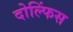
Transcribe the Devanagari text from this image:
दोल्फिंस